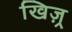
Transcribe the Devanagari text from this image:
खिज़्र